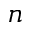
n